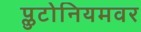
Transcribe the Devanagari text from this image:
प्लुटोनियमवर